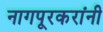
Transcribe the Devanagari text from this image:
नागपूरकरांनी